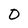
Character: 0